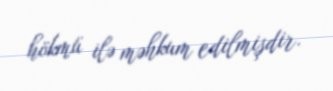
hökmü ilə məhkum edilmişdir.